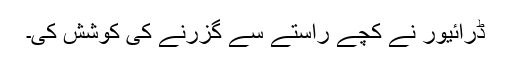
ڈرائیور نے کچے راستے سے گزرنے کی کوشش کی۔